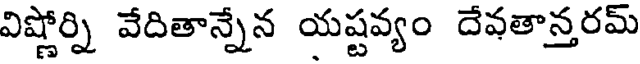
విష్ణోర్ని వేదితాన్నేన యష్టవ్యం దేవతాన్తరమ్